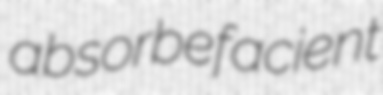
absorbefacient